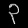
Digit: ၃